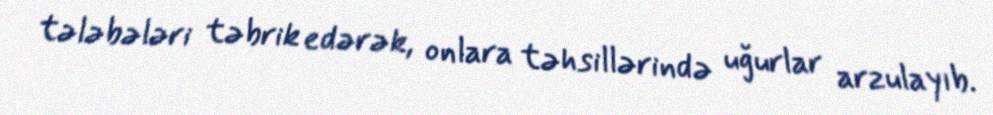
tələbələri təbrik edərək, onlara təhsillərində uğurlar arzulayıb.